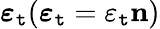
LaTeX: \boldsymbol{\varepsilon_{\mathtt{t}}}(\boldsymbol{\varepsilon_{\mathtt{t}}}=\varepsilon_{\mathtt{t}}\mathbf{{n}})